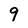
Character: 9